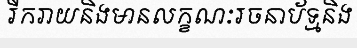
រីករាយនិងមានលក្ខណៈរចនាប័ទ្មនិង